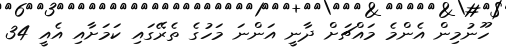
ހޫނުމިން އެންމެ މައްޗަށް ދާނީ އަންނަ މަހުގެ ތެރޭގައި ކަމަށާއި އެއީ 34